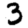
Digit: 3